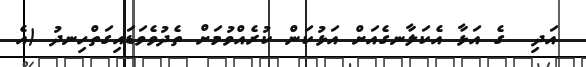
އަދި  ގެ އަޅާ އެކަލާނގެއަށް އަޅުކަން ކުރެއްވުމަށް ތެދުވެވަޑައިގަތްހިނދު (އެ